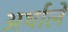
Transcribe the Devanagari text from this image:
अर्थाले